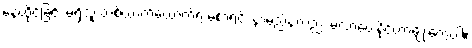
နေထိုင်ခြင်း မရှိသူ တစ်ယာက်ယောက်ရဲ့ မဲစာရင်း နာမည်နဲ့လည်း မဲလာပေးနိုင်တာမျိုးတွေပါ။